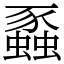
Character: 蟸